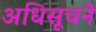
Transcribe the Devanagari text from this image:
अधिसूचने